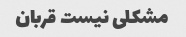
مشکلی نیست قربان